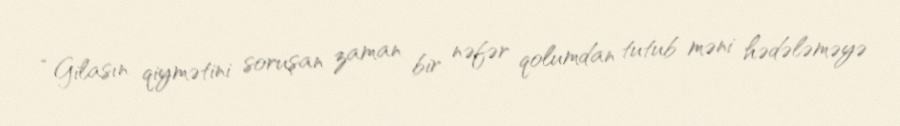
“Gilasın qiymətini soruşan zaman bir nəfər qolumdan tutub məni hədələməyə